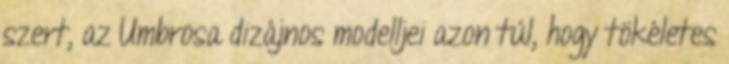
szert, az Umbrosa dizájnos modelljei azon túl, hogy tökéletes